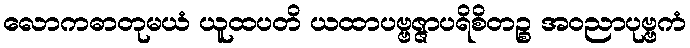
လောကဓာတုမယံ ယူထပတိ ယထာပဗ္ဗဇ္ဇာပရိစိတဉ္စ အဝညာပုဗ္ဗကံ